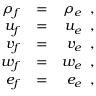
\begin{array} { r l r } { { \rho _ { f } } } & { { } { = } } & { { \rho _ { e } \, \mathrm { ~ , ~ } } } \\ { { u _ { f } } } & { { } { = } } & { { u _ { e } \, \mathrm { ~ , ~ } } } \\ { { v _ { f } } } & { { } { = } } & { { v _ { e } \, \mathrm { ~ , ~ } } } \\ { { w _ { f } } } & { { } { = } } & { { w _ { e } \, \mathrm { ~ , ~ } } } \\ { { e _ { f } } } & { { } { = } } & { { e _ { e } \, \mathrm { ~ , ~ } } } \end{array}